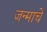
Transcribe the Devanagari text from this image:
जन्माचेे